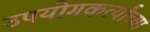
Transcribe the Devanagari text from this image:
उपयोगकर्त्यांच्या